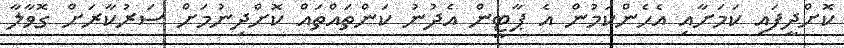
ކޮށްދީފައި ކަމަށާއި އެހެންކަމުން އެ ޕާޓީން އެދުނު ކަންތައްތައް ކޮށްދިނުމަށް ސަރުކާރަށް ގޮވާލާ